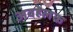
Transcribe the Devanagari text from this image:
अवहेलक